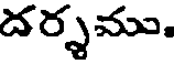
దర్శము.